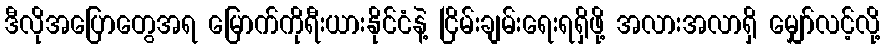
ဒီလိုအပြောတွေအရ မြောက်ကိုရီးယားနိုင်ငံနဲ့ ငြိမ်းချမ်းရေးရရှိဖို့ အလားအလာရှိ မျှော်လင့်လို့